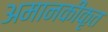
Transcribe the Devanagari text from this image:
अमानकीकृत